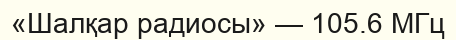
«Шалқар радиосы» — 105.6 МГц